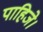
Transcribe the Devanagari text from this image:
पाहिजे।